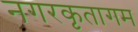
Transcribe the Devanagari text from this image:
नगरकृतागम